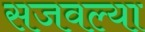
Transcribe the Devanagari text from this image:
सजवल्या